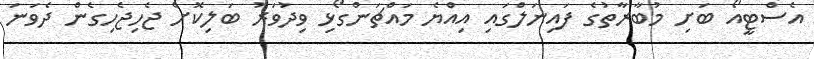
އެސްޓީއޯ ބަށި މުބާރާތުގެ ފައިނަލްގައި އިއްޔެ މައްޗަންގޯޅި ވިދުވަރު ބަލިކޮށް ޖެހިޖެހިގެން ދެވަނަ